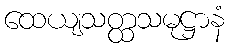
ထေယျသတ္ထသမုဋ္ဌာနံ